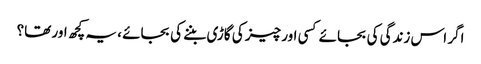
اگر اس زندگی کی بجائے کسی اور چیز کی گاڑی بننے کی بجائے ، یہ کچھ اور تھا؟